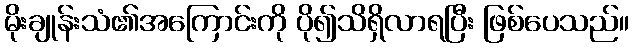
မိုးချုန်းသံ၏အကြောင်းကို ပို၍သိရှိလာရပြီး ဖြစ်ပေသည်။